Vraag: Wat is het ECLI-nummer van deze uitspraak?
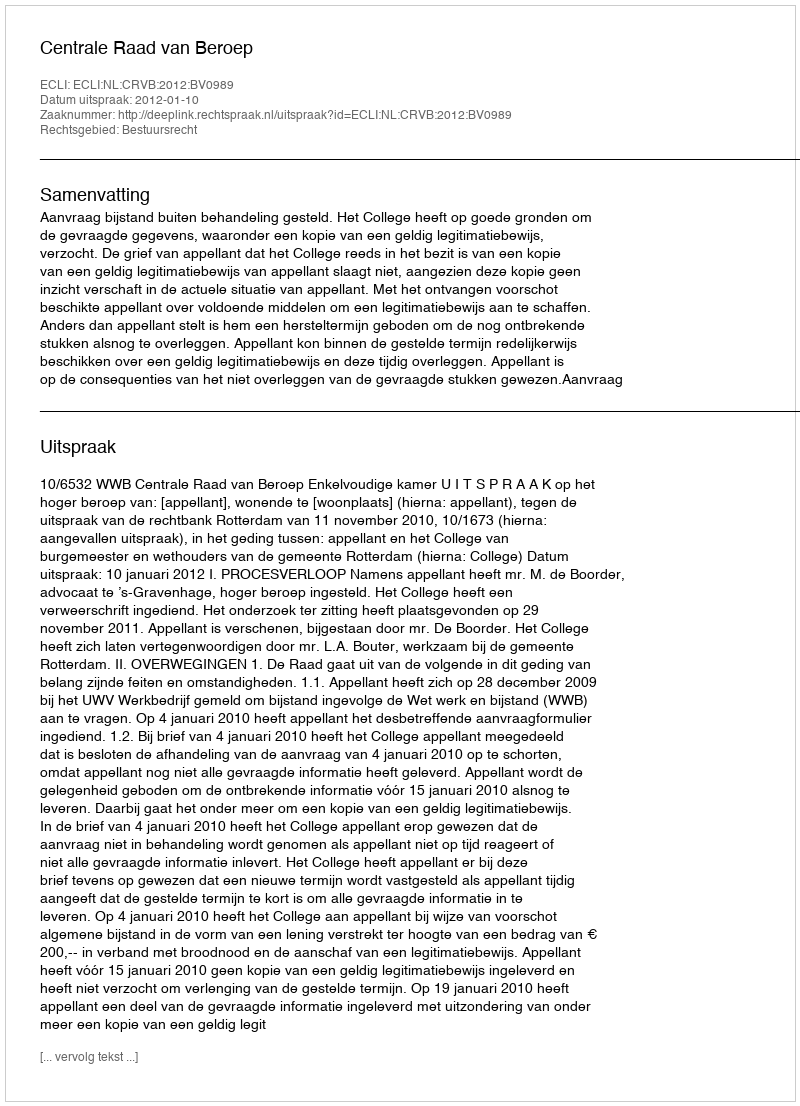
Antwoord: ECLI:NL:CRVB:2012:BV0989